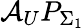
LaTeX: \mathcal{A}_{U}P_{\Sigma_{1}}